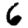
Digit: 6